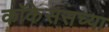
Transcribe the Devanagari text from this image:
कॉकेससच्या